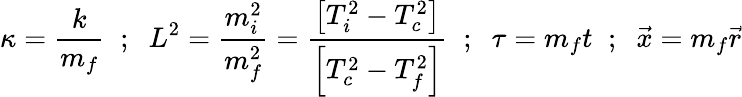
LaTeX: \kappa=\frac{k}{m_{f}}\; \; ;\; \; L^{2}=\frac{m_{i}^{2}}{m_{f}^{2}}=\frac{\left[T_{i}^{2}-T_{c}^{2}\right]}{\left[T_{c}^{2}-T_{f}^{2}\right]}\; \; ;\; \; \tau=m_{f}t\; \; ;\; \; \vec{x}=m_{f}\vec{r}